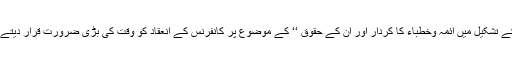
نیز ’’انسانیت کے فروغ اور پر امن معاشرہ کے تشکیل میں ائمہ وخطباء کا کردار اور ان کے حقوق ‘‘ کے موضوع پر کانفرنس کے انعقاد کو وقت کی بڑی ضرورت قرار دیتے ہوئے ذمہ داران کو مبارک باد پیش کی گئی۔